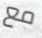
مع